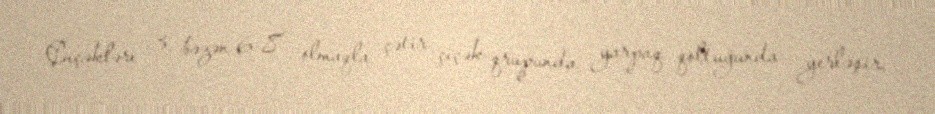
Çıçəkləri 3, bəzən 6-8 olmaqla çətir çiçək qrupunda yarpaq qoltuğunda yerləşir,